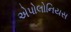
એપોલોનિયસ